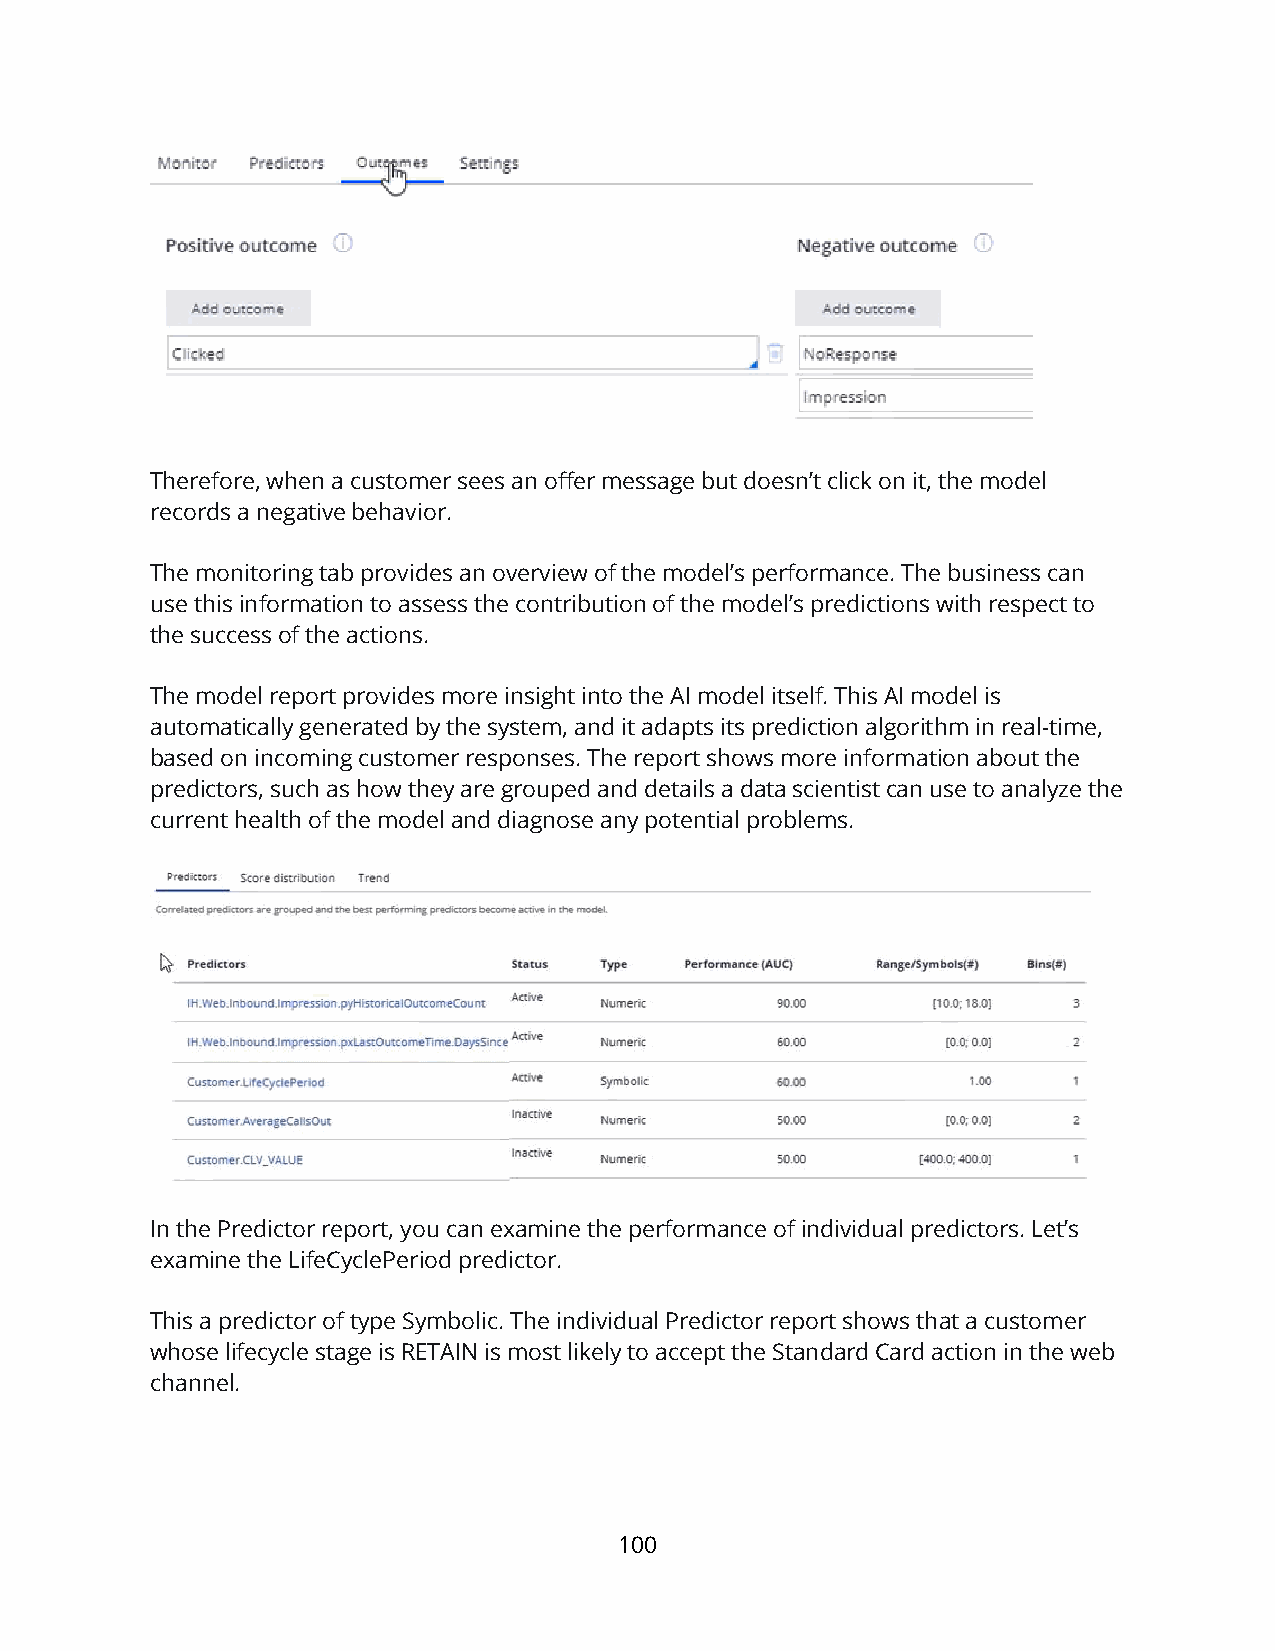
Therefore, when a customer sees an offer message but doesn’t click on it, the model
 records a negative behavior.
 The monitoring tab provides an overview of the model’s performance. The business can
 use this information to assess the contribution of the model’s predictions with respect to
 the success of the actions.
 The model report provides more insight into the AI model itself. This AI model is
 automatically generated by the system, and it adapts its prediction algorithm in real-time,
 based on incoming customer responses. The report shows more information about the
 predictors, such as how they are grouped and details a data scientist can use to analyze the
 current health of the model and diagnose any potential problems.
 In the Predictor report, you can examine the performance of individual predictors. Let’s
 examine the LifeCyclePeriod predictor.
 This a predictor of type Symbolic. The individual Predictor report shows that a customer
 whose lifecycle stage is RETAIN is most likely to accept the Standard Card action in the web
 channel.
 100